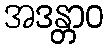
အဒန္တာဝ